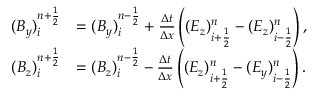
\begin{array} { r l } { ( B _ { y } ) _ { i } ^ { n + \ensuremath { { \frac { 1 } { 2 } } } } } & { = ( B _ { y } ) _ { i } ^ { n - \ensuremath { { \frac { 1 } { 2 } } } } + \frac { \Delta t } { \Delta x } \left( ( E _ { z } ) _ { i + \ensuremath { { \frac { 1 } { 2 } } } } ^ { n } - ( E _ { z } ) _ { i - \ensuremath { { \frac { 1 } { 2 } } } } ^ { n } \right) , } \\ { ( B _ { z } ) _ { i } ^ { n + \ensuremath { { \frac { 1 } { 2 } } } } } & { = ( B _ { z } ) _ { i } ^ { n - \ensuremath { { \frac { 1 } { 2 } } } } - \frac { \Delta t } { \Delta x } \left( ( E _ { z } ) _ { i + \ensuremath { { \frac { 1 } { 2 } } } } ^ { n } - ( E _ { y } ) _ { i - \ensuremath { { \frac { 1 } { 2 } } } } ^ { n } \right) . } \end{array}